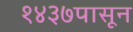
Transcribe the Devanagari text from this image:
१४३७पासून